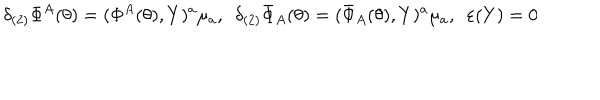
\delta _ { ( 2 ) } \Phi ^ { A } ( \theta ) = ( \Phi ^ { A } ( \theta ) , Y ) ^ { a } \mu _ { a } , \, \, \, \delta _ { ( 2 ) } \bar { \Phi } _ { A } ( \theta ) = ( \bar { \Phi } _ { A } ( \theta ) , Y ) ^ { a } \mu _ { a } , \, \, \, \varepsilon ( Y ) = 0